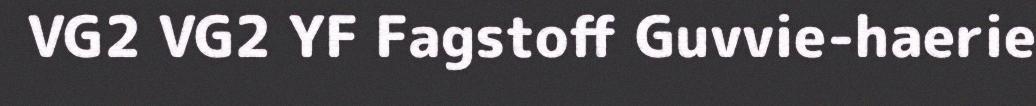
VG2 VG2 YF Fagstoff Guvvie-haerie